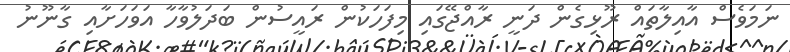
ނަމަވެސް އާއިލާތައް ރޫޅިގެން ދަނީ ރާއްޖޭގައި މިފަހަކުން ރައީސުން ބަދަލުވާހާ އަވަހަށާއި ގާނޫނު